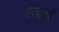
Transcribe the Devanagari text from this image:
गायकीतही